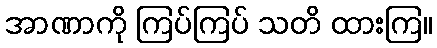
အာဏာကို ကြပ်ကြပ် သတိ ထားကြ။